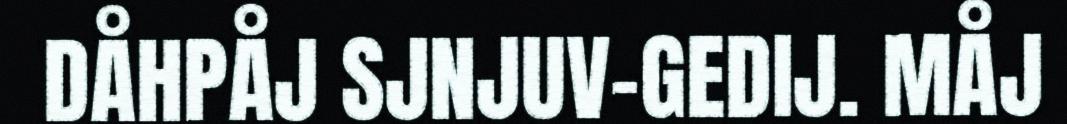
DÅHPÅJ SJNJUV-GEDIJ. MÅJ